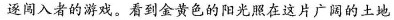
逐闯入者的游戏。看到金黄色的阳光照在这片广阔的土地